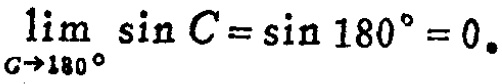
\(\lim_{C \to 180^{\circ}} \sin C = \sin 180^{\circ} = 0\)